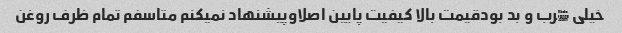
خیلی ڇرب و بد بودقیمت بالا کیفیت پایین اصلاوپیشنهاد نمیکنم متاسفم تمام ظرف روغن